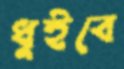
ধুইবে